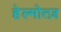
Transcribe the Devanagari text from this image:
हेल्मोत्ज़